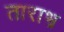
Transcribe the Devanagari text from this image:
ताराभ्र